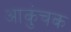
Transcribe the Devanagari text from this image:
आकुंचक